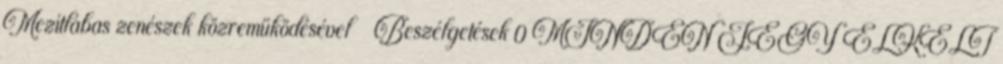
Mezítlábas zenészek közreműködésével Beszélgetések 0 MINDEN JEGY ELKELT